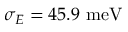
\sigma _ { E } = 4 5 . 9 \ \mathrm { m e V }